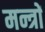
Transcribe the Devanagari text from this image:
मन्त्राें